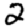
Digit: 2